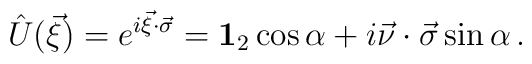
\hat U(\vec{\xi})=e^{i\vec{\xi}\cdot\vec{\sigma}}={\bf 1}_2 \cos\alpha +i\vec{\nu}\cdot\vec{\sigma}\sin\alpha\,.